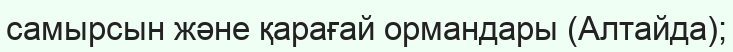
самырсын және қарағай ормандары (Алтайда);